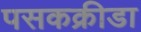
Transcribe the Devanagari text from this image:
पसकक्रीडा